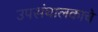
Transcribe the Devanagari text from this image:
उपसंचालकाचे